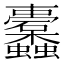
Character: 𮕛